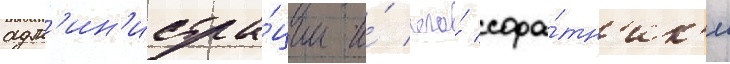
адм'ин'истра́ции и́ его́ сора́тн'ик'и